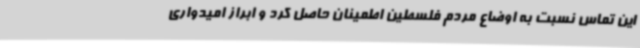
این تماس نسبت به اوضاع مردم فلسطین اطمینان حاصل کرد و ابراز امیدواری